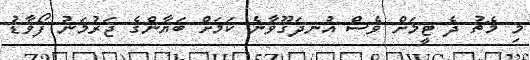
މި މެޗު ދެ ޓީމަށް ވެސް އުނދަގޫވާނެ ކަމަށް ބަޔާންގެ ޖަރުމަނު ފޯވާޑު